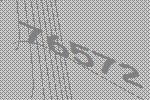
76572